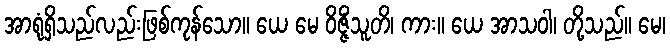
အာရုံရှိသည်လည်းဖြစ်ကုန်သော။ ယေ မေ ဝိဇ္ဇိံသူတိ၊ ကား။ ယေ အာသဝါ၊ တို့သည်။ မေ၊